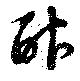
酢